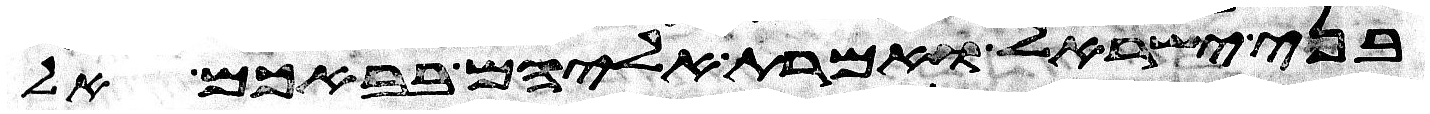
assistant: בני ישראל ואמרת אליהם בבאכם אל